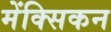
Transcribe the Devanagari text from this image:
मेंक्सिकन